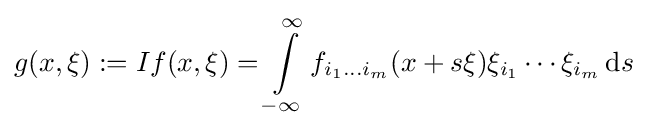
g(x,\xi ):=If(x,\xi )=\int \limits _{-\infty }^{\infty }f_{i_{1}...i_{m}}(x+s\xi )\xi _{i_{1}}\cdots \xi _{i_{m}}\,\mathrm {d} s